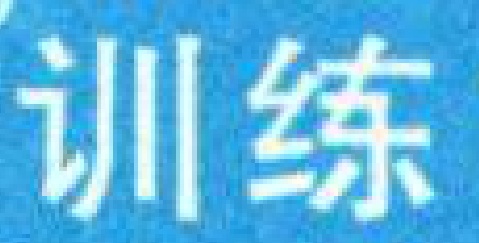
训练